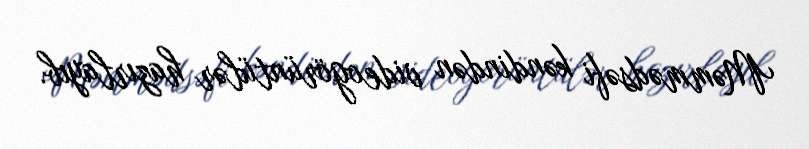
Məmmədsəfi kəndindən videogörüntülər hazırlayıb.